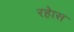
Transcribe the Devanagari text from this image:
रहेास